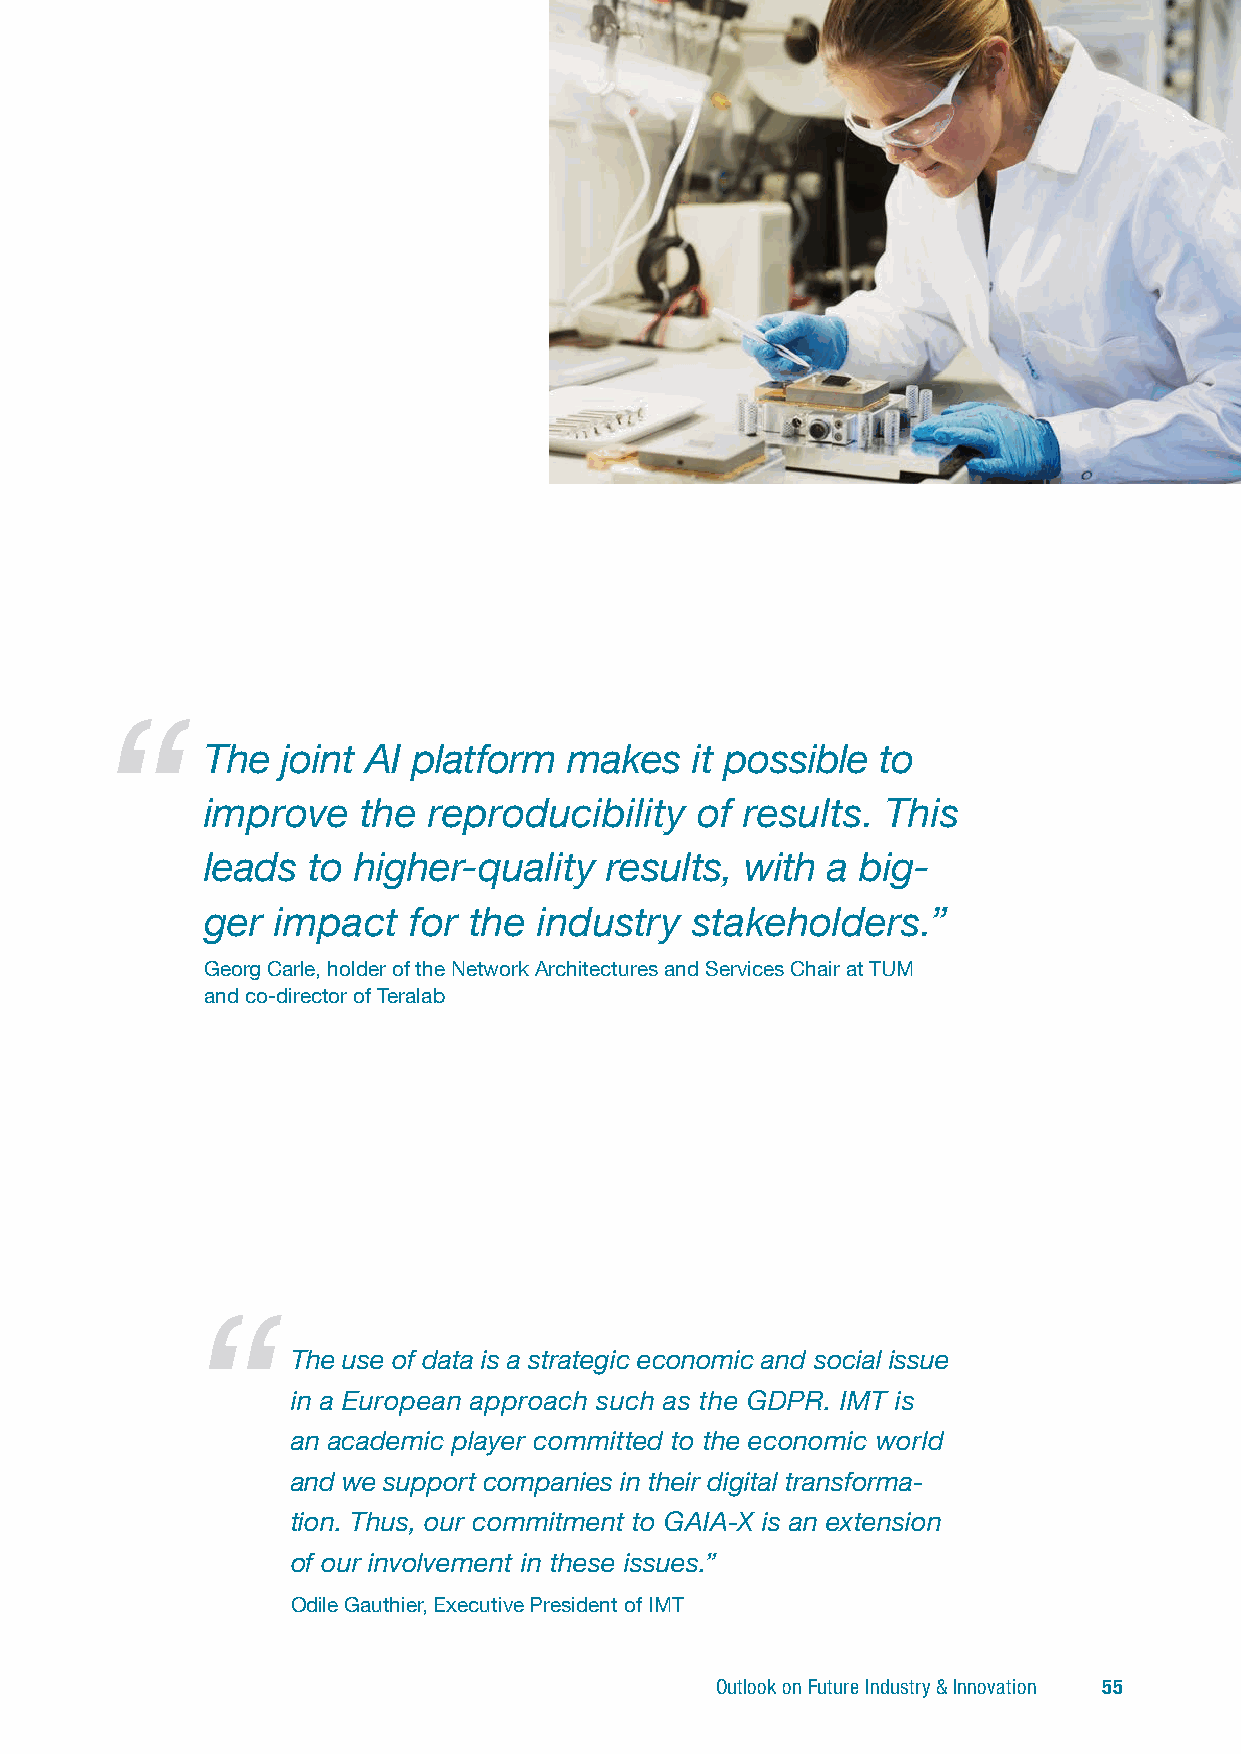
The  joint AI platform  makes   it possible to
 improve   the reproducibility   of results.  This
 leads to higher-quality   results, with  a big-
 ger impact   for the  industry  stakeholders.”
 Georg Carle, holder of the Network Architectures and Services Chair at TUM
 and co-director of Teralab
 The use of data is a strategic economic and social i ssue
 in a European approach such as the GDPR. IMT is
 an academic player committed to the economic world
 and we support companies in their digital transfor ma-
 tion. Thus, our commitment to GAIA-X is an extension
 of our involvement in these issues.”
 Odile Gauthier, Executive President of IMT
 Outlook on Future Industry & Innovation 55